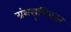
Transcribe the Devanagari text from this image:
ग्रंथसूचिकार